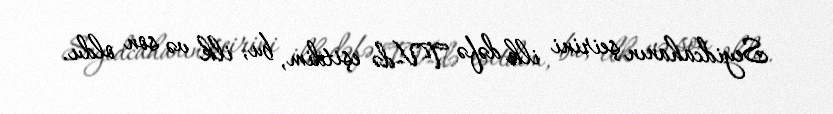
Seyidcahanın şeirini ilk dəfə TV-də eşitdim, bu, ilk və son oldu.